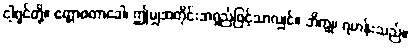
ငါ့ရှင်တို့။ ဧတ္တာဝတာခေါ၊ ဤမျှအတိုင်းအရှည်ဖြင့်သာလျှင်။ ဘိက္ခု၊ ရဟန်းသည်။